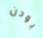
بودن